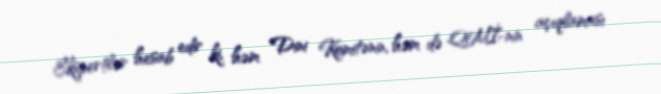
Ekspertlər hesab edir ki, həm Dini Komitənin, həm də QMİ-nin açıqlaması